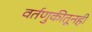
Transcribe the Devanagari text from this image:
वर्तणुकीतूनही